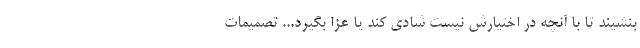
بنشیند تا با آنچه در اختیارش نیست شادی کند یا عزا بگیرد... تصمیمات